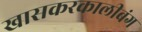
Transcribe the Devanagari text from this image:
खासकरकालीबंग